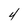
Character: 4